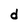
Character: d